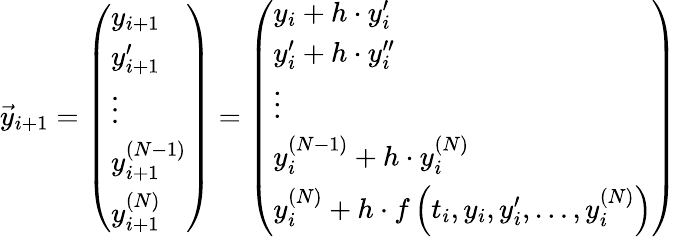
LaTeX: {\vec{y}}_{i+1}={\left(\begin{array}{l}{y_{i+1}}\\ {y_{i+1}^{\prime}}\\ {\vdots}\\ {y_{i+1}^{(N-1)}}\\ {y_{i+1}^{(N)}}\end{array}\right)}={\left(\begin{array}{l}{y_{i}+h\cdot y_{i}^{\prime}}\\ {y_{i}^{\prime}+h\cdot y_{i}^{\prime\prime}}\\ {\vdots}\\ {y_{i}^{(N-1)}+h\cdot y_{i}^{(N)}}\\ {y_{i}^{(N)}+h\cdot f\left(t_{i},y_{i},y_{i}^{\prime},\ldots,y_{i}^{(N)}\right)}\end{array}\right)}